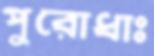
পুরোধাঃ